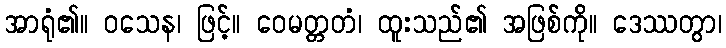
အာရုံ၏။ ဝသေန၊ ဖြင့်။ ဝေမတ္တတံ၊ ထူးသည်၏ အဖြစ်ကို။ ဒေဿတွာ၊